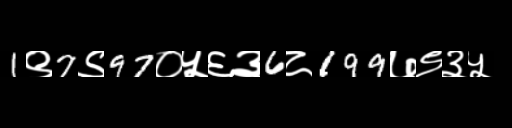
Text: 1९7९97०५६३6८199७९३५